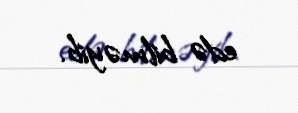
edə bilməyib.